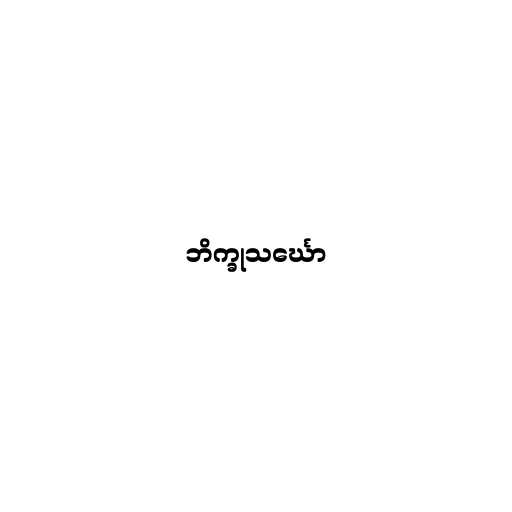
ဘိက္ခုသင်္ဃော